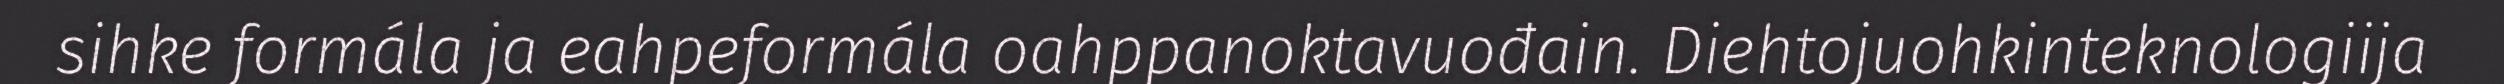
sihke formála ja eahpeformála oahppanoktavuođain. Diehtojuohkinteknologiija